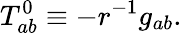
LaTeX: T_{ab}^{0}\equiv-r^{-1}g_{ab}.